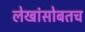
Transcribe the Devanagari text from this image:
लेखांसोबतच